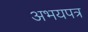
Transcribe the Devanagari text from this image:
अभयपत्र